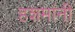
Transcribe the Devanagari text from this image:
हशमांनी